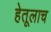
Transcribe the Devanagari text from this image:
हेतूलाच